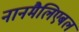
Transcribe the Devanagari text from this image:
नानमैलिएबल